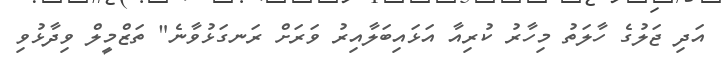
އަދި ޖަލުގެ ހާލަތު މިހާރު ކުރިއާ އަޅައިބަލާއިރު ވަރަށް ރަނގަޅުވާނެ" ތަޒްމީލް ވިދާޅުވި